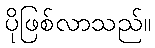
ပိုဖြစ်လာသည်။